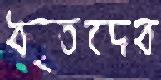
ধৃতদের